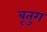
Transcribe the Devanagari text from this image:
बूतुग